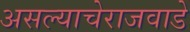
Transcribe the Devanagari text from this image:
असल्याचेराजवाडे